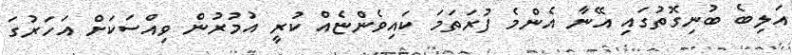
އަލިބެ ބުނިގޮތުގައި އޭނާ އެންމެ ފުރަތަމަ ކައިވެންޏެއް ކުރީ އުމުރުން ވިއްސަކަށް އަހަރުގަ